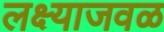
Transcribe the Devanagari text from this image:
लक्ष्याजवळ